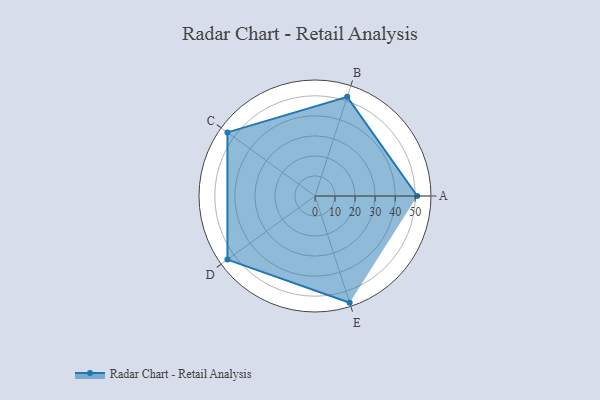
{"axis": {"x": "Skill", "y": "Score"}, "legend": ["Profile"], "data": [{"x": "A", "y": 51.0, "type": "Profile"}, {"x": "B", "y": 52.0, "type": "Profile"}, {"x": "C", "y": 54.0, "type": "Profile"}, {"x": "D", "y": 54.0, "type": "Profile"}, {"x": "E", "y": 56.0, "type": "Profile"}]}